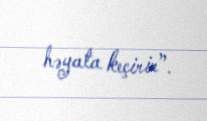
həyata keçirir”.